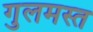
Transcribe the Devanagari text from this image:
गुलमस्त